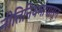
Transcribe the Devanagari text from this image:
नीतिनियमांपासून